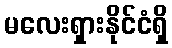
မလေးရှားနိုင်ငံရှိ